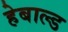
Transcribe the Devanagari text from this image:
हेबाल्ड